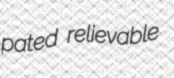
pated relievable